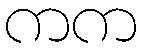
ကက